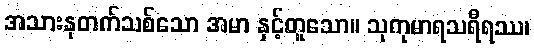
အသားနုတက်သစ်သော အမာ နှင့်တူသော။ သုကုမာရသရီရဿ၊